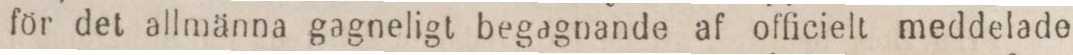
för det allmanna gagneligt begagnande af officielt meddelade